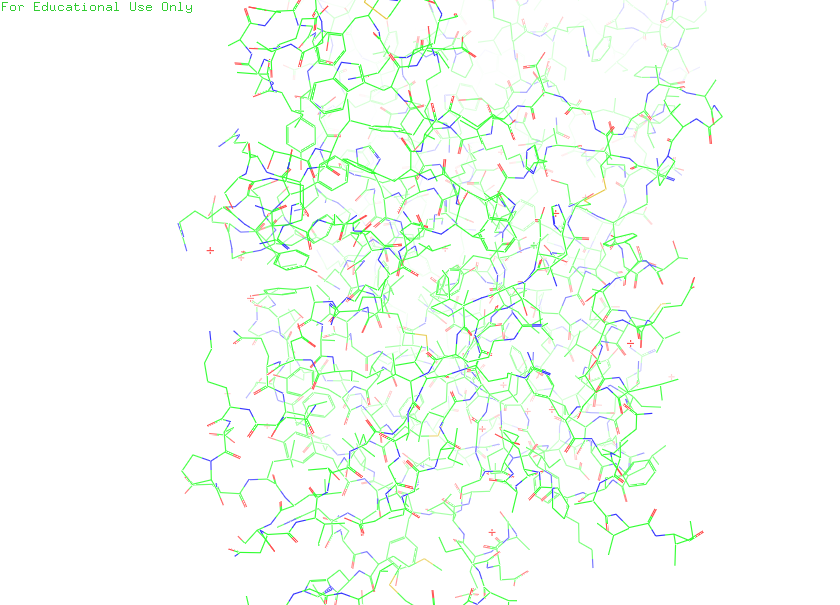
pymol, preset, default